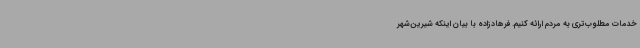
خدمات مطلوب‌تری به مردم ارائه کنیم. فرهادزاده با بیان اینکه شیرین‌شهر